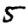
Digit: 5